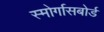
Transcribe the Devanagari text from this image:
स्मोर्गासबोर्ड